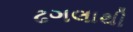
ઢગલાથી